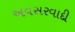
અવસરવાદી